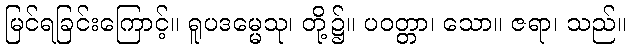
မြင်ရခြင်းကြောင့်။ ရူပဒမ္မေသု၊ တို့၌။ ပဝတ္တာ၊ သော။ ဇရာ၊ သည်။